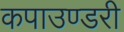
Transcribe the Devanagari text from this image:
कपाउण्डरी